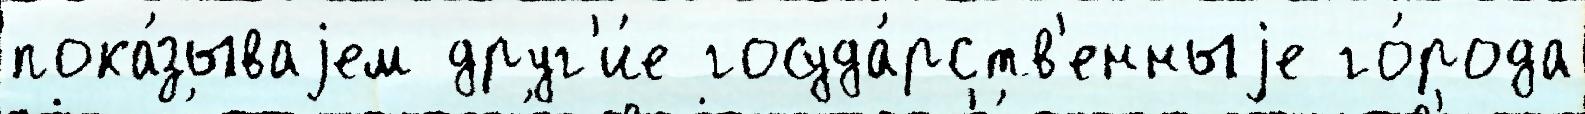
пока́зываjем друг'и́е госуда́рств'енныjе го́рода